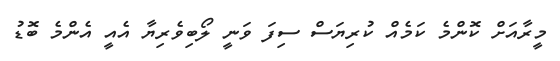
މީރާއަށް ކޮންމެ ކަމެއް ކުރިޔަސް ސިފަ ވަނީ ލޯބިވެރިޔާ އެއީ އެންމެ ބޮޑު